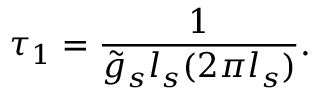
\tau _ { 1 } = \frac { 1 } { \tilde { g } _ { s } l _ { s } ( 2 \pi l _ { s } ) } .